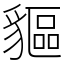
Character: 貙